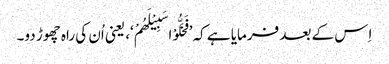
اِس کے بعد فرمایا ہے کہ ’فَخَلُّوْا سَبِیْلَھُمْ‘، یعنی اُن کی راہ چھوڑ دو۔